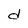
Character: d